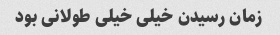
زمان رسیدن خیلی خیلی طولانی بود